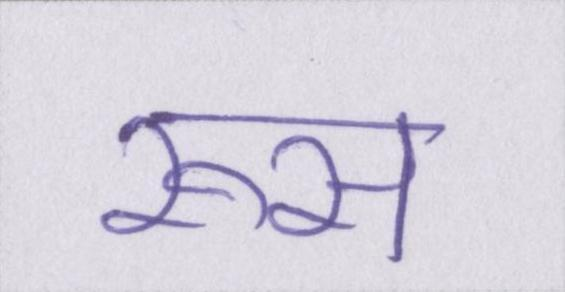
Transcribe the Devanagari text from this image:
रूस